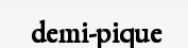
demi-pique